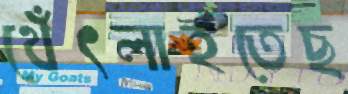
থেঁৎলাইতেছ